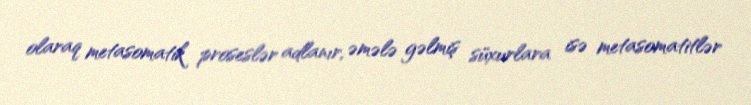
olaraq metasomatik proseslər adlanır, əmələ gəlmiş süxurlara isə metasomatitlər